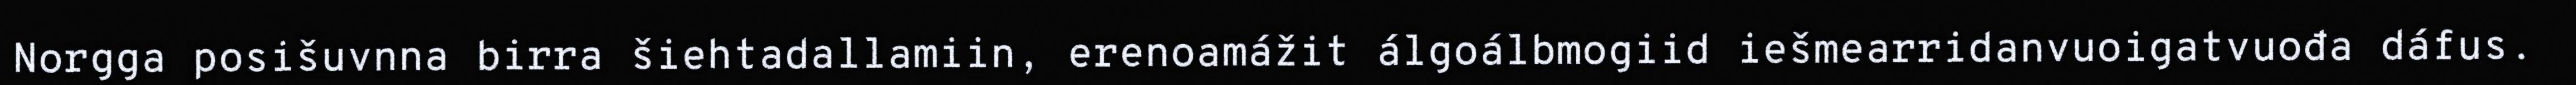
Norgga posišuvnna birra šiehtadallamiin, erenoamážit álgoálbmogiid iešmearridanvuoigatvuođa dáfus.